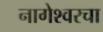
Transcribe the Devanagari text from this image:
नागेश्वरचा